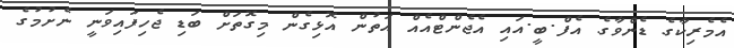
އެމެރިކާގެ ޑެންވާގެ އެފް.ބީ.އައި އެޖެންޓްއެއް އަތުން އޮޅިގެން މިގޮތަށް ބަޑި ޖެހިފައިވަނީ ނެށުމުގެ